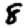
Digit: 8